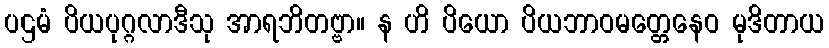
ပဌမံ ပိယပုဂ္ဂလာဒီသု အာရဘိတဗ္ဗာ။ န ဟိ ပိယော ပိယဘာဝမတ္တေနေဝ မုဒိတာယ